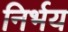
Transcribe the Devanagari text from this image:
निर्भय